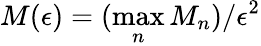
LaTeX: M(\epsilon)=(\operatorname*{max}_{n}M_{n})/\epsilon^{2}